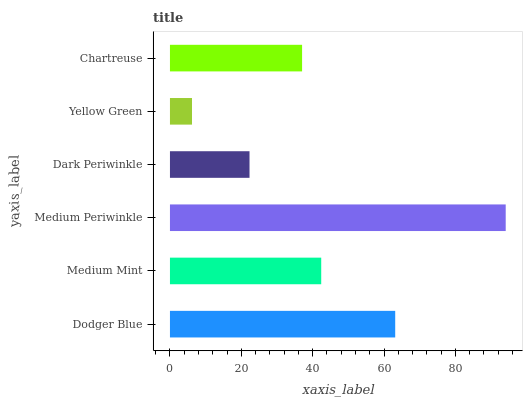
| yaxis_label | bars |
 | --- | --- |
 | Dodger Blue | 63.1 |
 | Medium Mint | 42.4 |
 | Medium Periwinkle | 94.1 |
 | Dark Periwinkle | 22.3 |
 | Yellow Green | 6.18 |
 | Chartreuse | 37 |